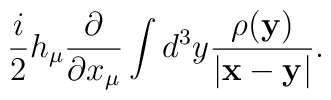
\frac{i}{2}h_\mu\frac{\partial}{\partial x_\mu}\int d^3y\frac{\rho({\bf y})}{|{\bf x}-{\bf y}|}.